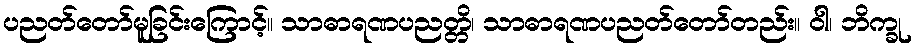
ပညတ်တော်မူခြင်းကြောင့်။ သာဓာရဏပညတ္တိ၊ သာဓာရဏပညတ်တော်တည်း။ ဝါ၊ ဘိက္ခု